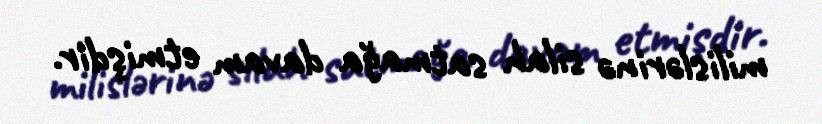
milislərinə silah satmağa davam etmişdir.